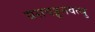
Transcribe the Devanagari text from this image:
यसवड्ढनवत्थु